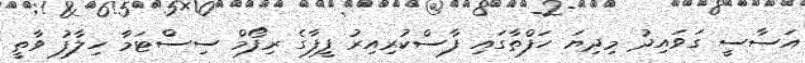
އަސާސީ ގަވައިދު މިދިޔަ ހަފްތާގައި ފާސްކުރިއިރު ފީފާގެ ރިފޯމް ސިސްޓަމާ ހިލާފު ވާތީ